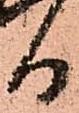
日